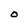
Character: o